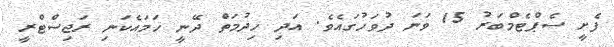
ފެށީ ސެޕްޓެމްބަރު 15 ވަނަ ދުވަހުގައެވެ. އަދި ހިދުމަތް ދޭނީ ހަމައެކަނި ރަޖިސްޓްރީ